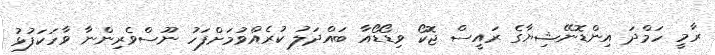
ރާމީ ހަމްދަ އިންޑޮނޭޝިޔާގެ ރައީސް ޖޮކޯ ވިޑޯޑޯއާ ބައްދަލު ކުރެއްވުމަށްފަހު ނޫސްވެރިންނާ ވާހަކަފުޅު